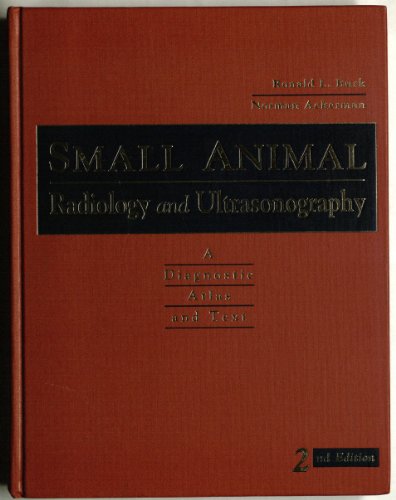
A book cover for Small Animal Radiology and Ultrasonography: A Diagnostic Atlas and Text; Ronald L. Burk DVM  MS; Medical Books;